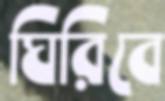
ঘিরিবে